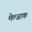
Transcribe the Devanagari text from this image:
मेल्जाक